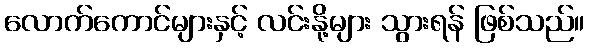
လောက်ကောင်များနှင့် လင်းနို့များ သွားရန် ဖြစ်သည်။